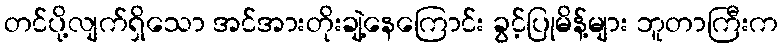
တင်ပို့လျက်ရှိသော အင်အားတိုးချဲ့နေကြောင်း ခွင့်ပြုမိန့်များ ဘူတာကြီးက